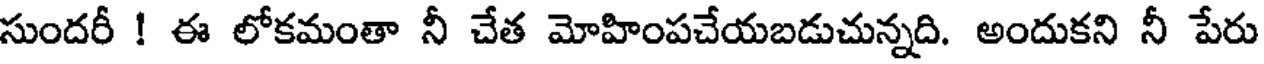
సుందరీ ! ఈ లోకమంతా నీ చేత మోహింపచేయబడుచున్నది. అందుకని నీ పేరు